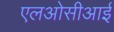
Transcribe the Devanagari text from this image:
एलओसीआई